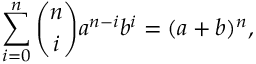
\sum _ { i = 0 } ^ { n } { \binom { n } { i } } a ^ { n - i } b ^ { i } = ( a + b ) ^ { n } ,